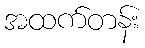
အထက်တန်း